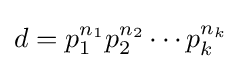
d=p_{1}^{n_{1}}p_{2}^{n_{2}}\cdots p_{k}^{n_{k}}